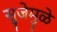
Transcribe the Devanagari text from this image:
सुजेमुळे